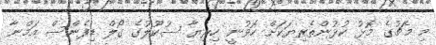
މި މެޗުގެ މޮޅު ކުޅުންތެރިޔަކަށް ހޮވުނީ ހިރިޔާ ސުކޫލުގެ ގޯލް ޑިފެންސް އަމްނާ